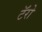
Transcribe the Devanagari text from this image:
टॅरो